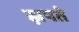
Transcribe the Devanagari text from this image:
झपते